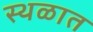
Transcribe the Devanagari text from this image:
स्थळात